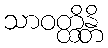
သာဝတ္ထိန္တိ